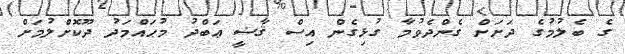
ގެ ބެލުމުގެ ދަށަށް ގެންދެވުމާ ގުޅިގެން އިސް ޤާޟީ ޢަބްދު މުޙައްމަދު ދޫކޮށްލުމަށް